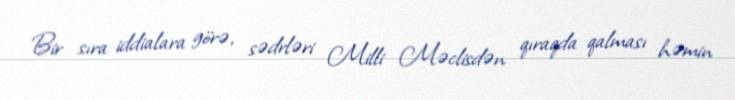
Bir sıra iddialara görə, sədrləri Milli Məclisdən qıraqda qalması həmin